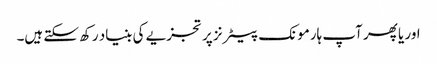
اور یا پھر آپ ہارمونک پیٹرنز پر تجزیے کی بنیاد رکھ سکتے ہیں۔